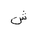
Letter: _shin